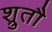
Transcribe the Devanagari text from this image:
श्रुतौ